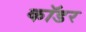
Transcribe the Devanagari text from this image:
कॉडर